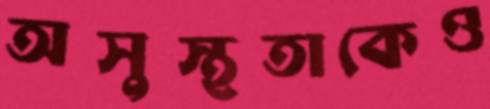
অসুস্থতাকেও